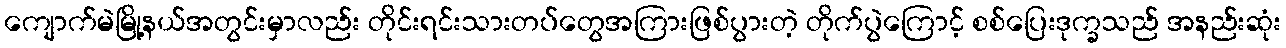
ကျောက်မဲမြို့နယ်အတွင်းမှာလည်း တိုင်းရင်းသားတပ်တွေအကြားဖြစ်ပွားတဲ့ တိုက်ပွဲကြောင့် စစ်ပြေးဒုက္ခသည် အနည်းဆုံး